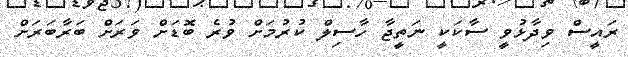
ރައީސް ވިދާޅުވީ ސާކަކީ ނަތީޖާ ހާސިލް ކުރުމަށް ވުރެ ބޮޑަށް ވަރަށް ބަރާބަރަށް